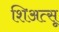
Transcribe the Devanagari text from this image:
शिअत्सू